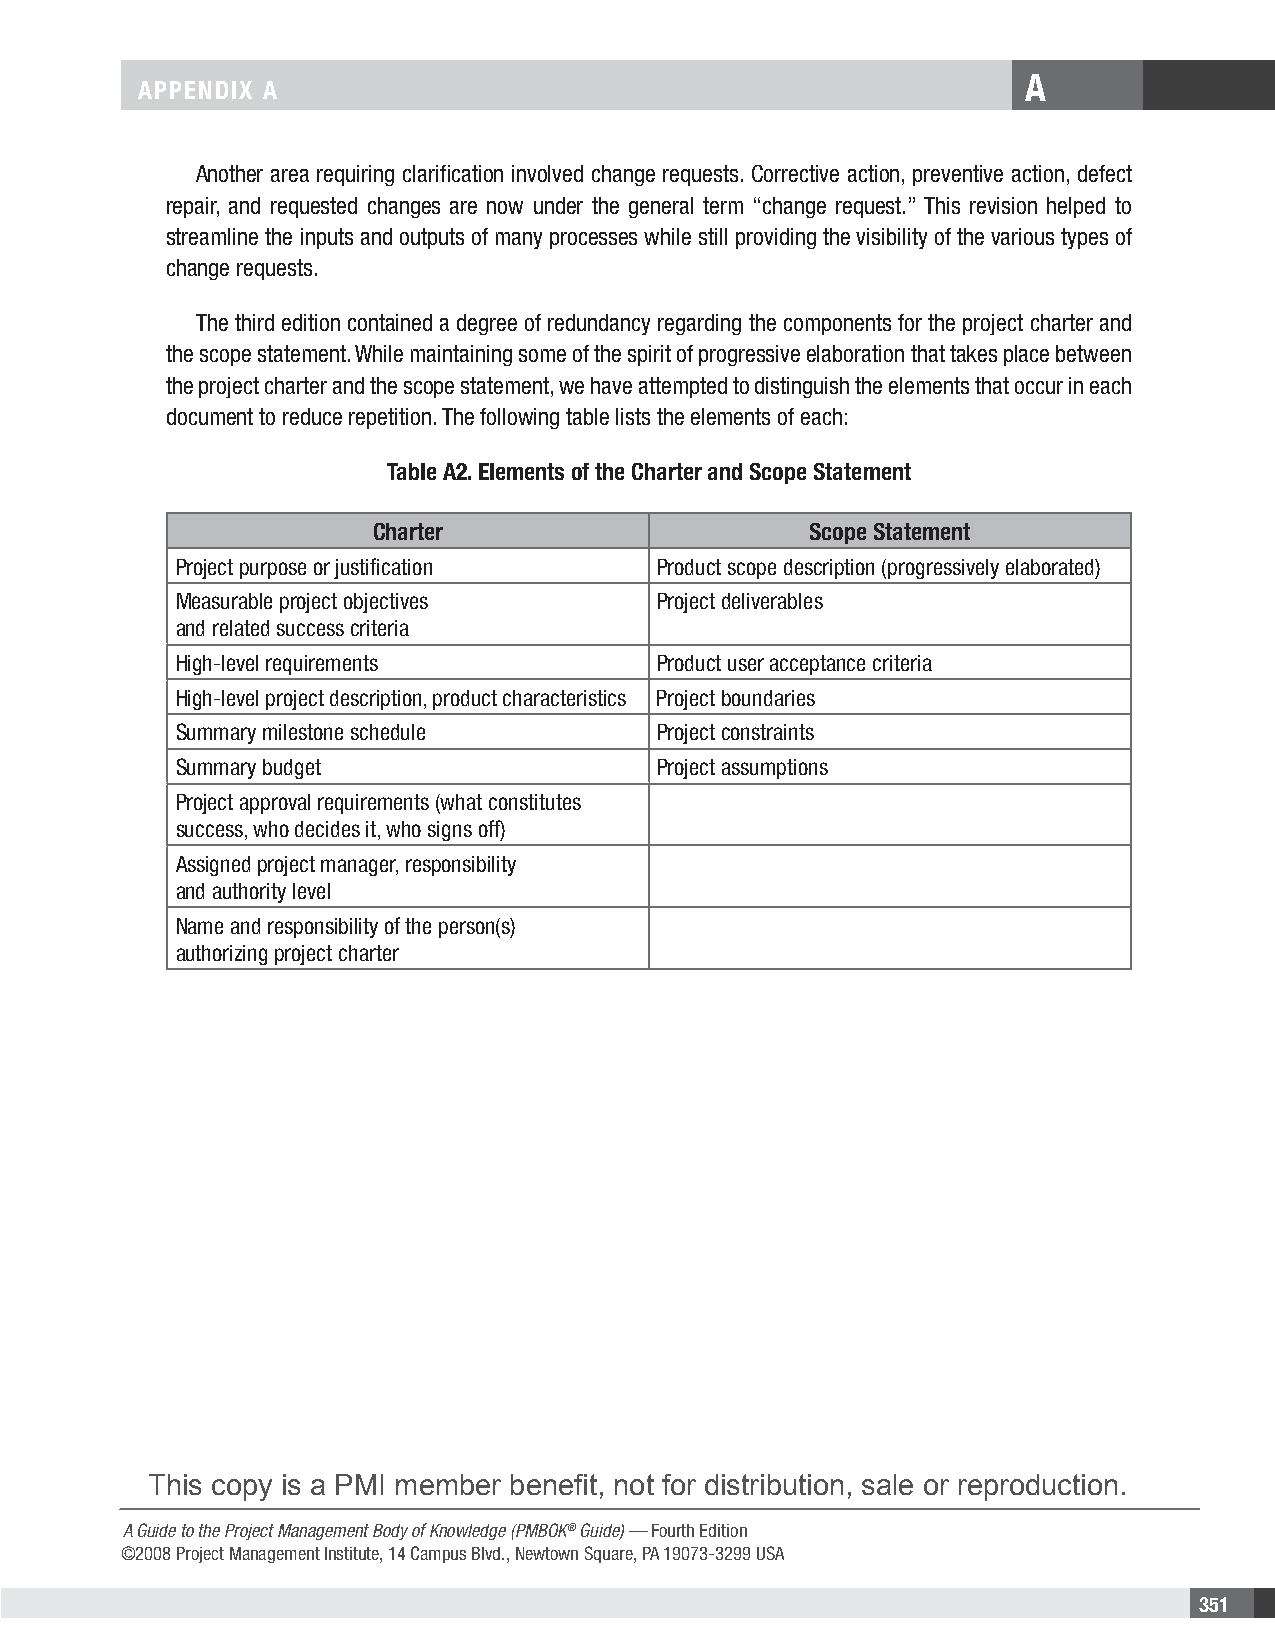
A
 APPENDIX A
 Another area requiring clarification involved change requests. Corrective action, preventive action, defect
 repair, and requested changes are now under the general term “change request.” This revision helped to
 streamline the inputs and outputs of many processes while still providing the visibility of the various types of
 change requests.
 The third edition contained a degree of redundancy regarding the components for the project charter and
 the scope statement. While maintaining some of the spirit of progressive elaboration that takes place between
 the project charter and the scope statement, we have attempted to distinguish the elements that occur in each
 document to reduce repetition. The following table lists the elements of each:
 Table A2. Elements of the Charter and Scope Statement
 Charter                      Scope Statement
 Project purpose or justification Product scope description (progressively elaborated)
 Measurable project objectives   Project deliverables
 and related success criteria
 High-level requirements         Product user acceptance criteria
 High-level project description, product characteristics Project boundaries
 Summary milestone schedule      Project constraints
 Summary budget                  Project assumptions
 Project approval requirements (what constitutes
 success, who decides it, who signs off)
 Assigned project manager, responsibility
 and authority level
 Name and responsibility of the person(s)
 authorizing project charter
 This copy is a PMI member benefit, not for distribution, sale or reproduction.
 A Guide to the Project Management Body of Knowledge (PMBOK® Guide) — Fourth Edition
 ©2008 Project Management Institute, 14 Campus Blvd., Newtown Square, PA 19073-3299 USA
 351